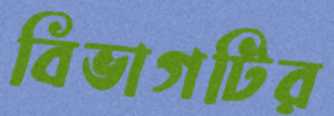
বিভাগটির